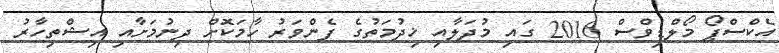
އެކްސްޕޯ މޯލްޑިވްސް 2016 ގައި މުދަލާއި ޚިދުމަތުގެ ފެންވަރު ހާމަކޮށް ދިނުމަށާއި އިޝްތިހާރު